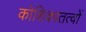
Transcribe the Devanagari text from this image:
कोशिकातत्वों